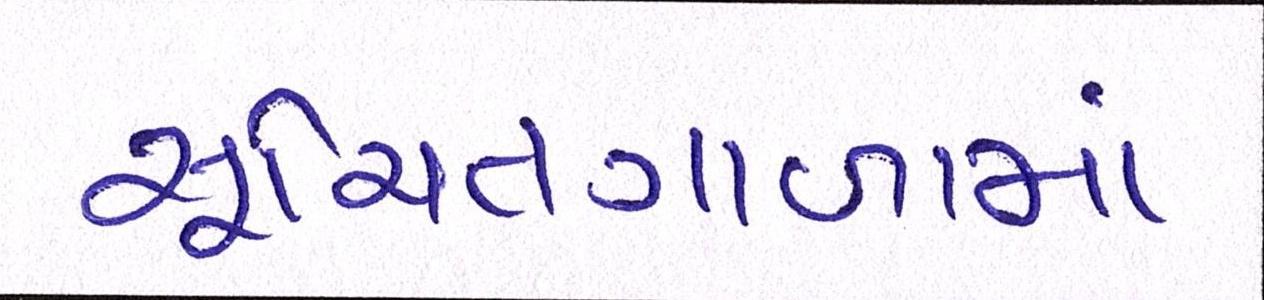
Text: સૂચિતગાળામાં